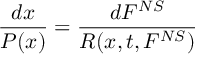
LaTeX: \frac { d x } { P ( x ) } = \frac { d F ^ { N S } } { R ( x , t , F ^ { N S } ) }